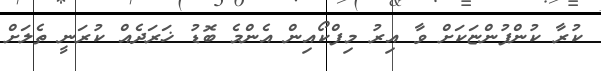
ކުރާ ކުންފުންޏަކަށް ވާ އިރު މިފްކޯއިން އެންމެ ބޮޑު ޚަރަދެއް ކުރަނީ ތެލަށް